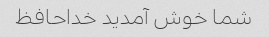
شما خوش آمدید خداحافظ